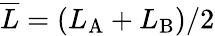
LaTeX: \overline{{L}}=(L_{\mathrm{A}}+L_{\mathrm{B}})/2